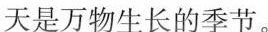
天是万物生长的季节。